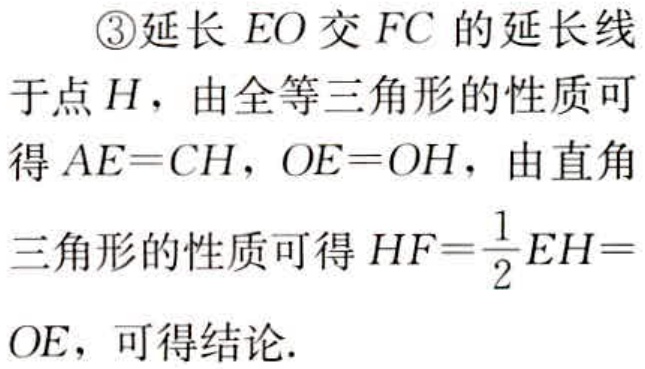
\textcircled{3}延长 \(EO\) 交 \(FC\) 的延长线

于点 \(H\)，由全等三角形的性质可

得 \(AE = CH\)，\(OE = OH\)，由直角

三角形的性质可得 \(HF=\frac{1}{2}EH =\)

\(OE\)，可得结论.